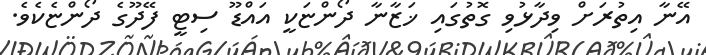
އޭނާ އިތުރަށް ވިދާޅުވި ގޮތުގައި ޚަޒާނާ ދޯންޏަކީ އައްޑޫ ސިޓީ ފޭދޫގެ ދޯންޏެކެވެ.